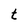
Character: t